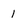
Character: 1